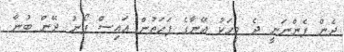
ދެން ފެންނަނީ ދެ މީހަކު އޭނާގެ ފަހަތުން އައިސް ފޯނު ދޭން ބުނާ